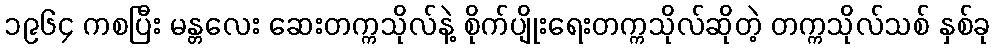
၁၉၆၄ ကစပြီး မန္တလေး ဆေးတက္ကသိုလ်နဲ့ စိုက်ပျိုးရေးတက္ကသိုလ်ဆိုတဲ့ တက္ကသိုလ်သစ် နှစ်ခု